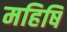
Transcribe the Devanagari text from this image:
महिषि